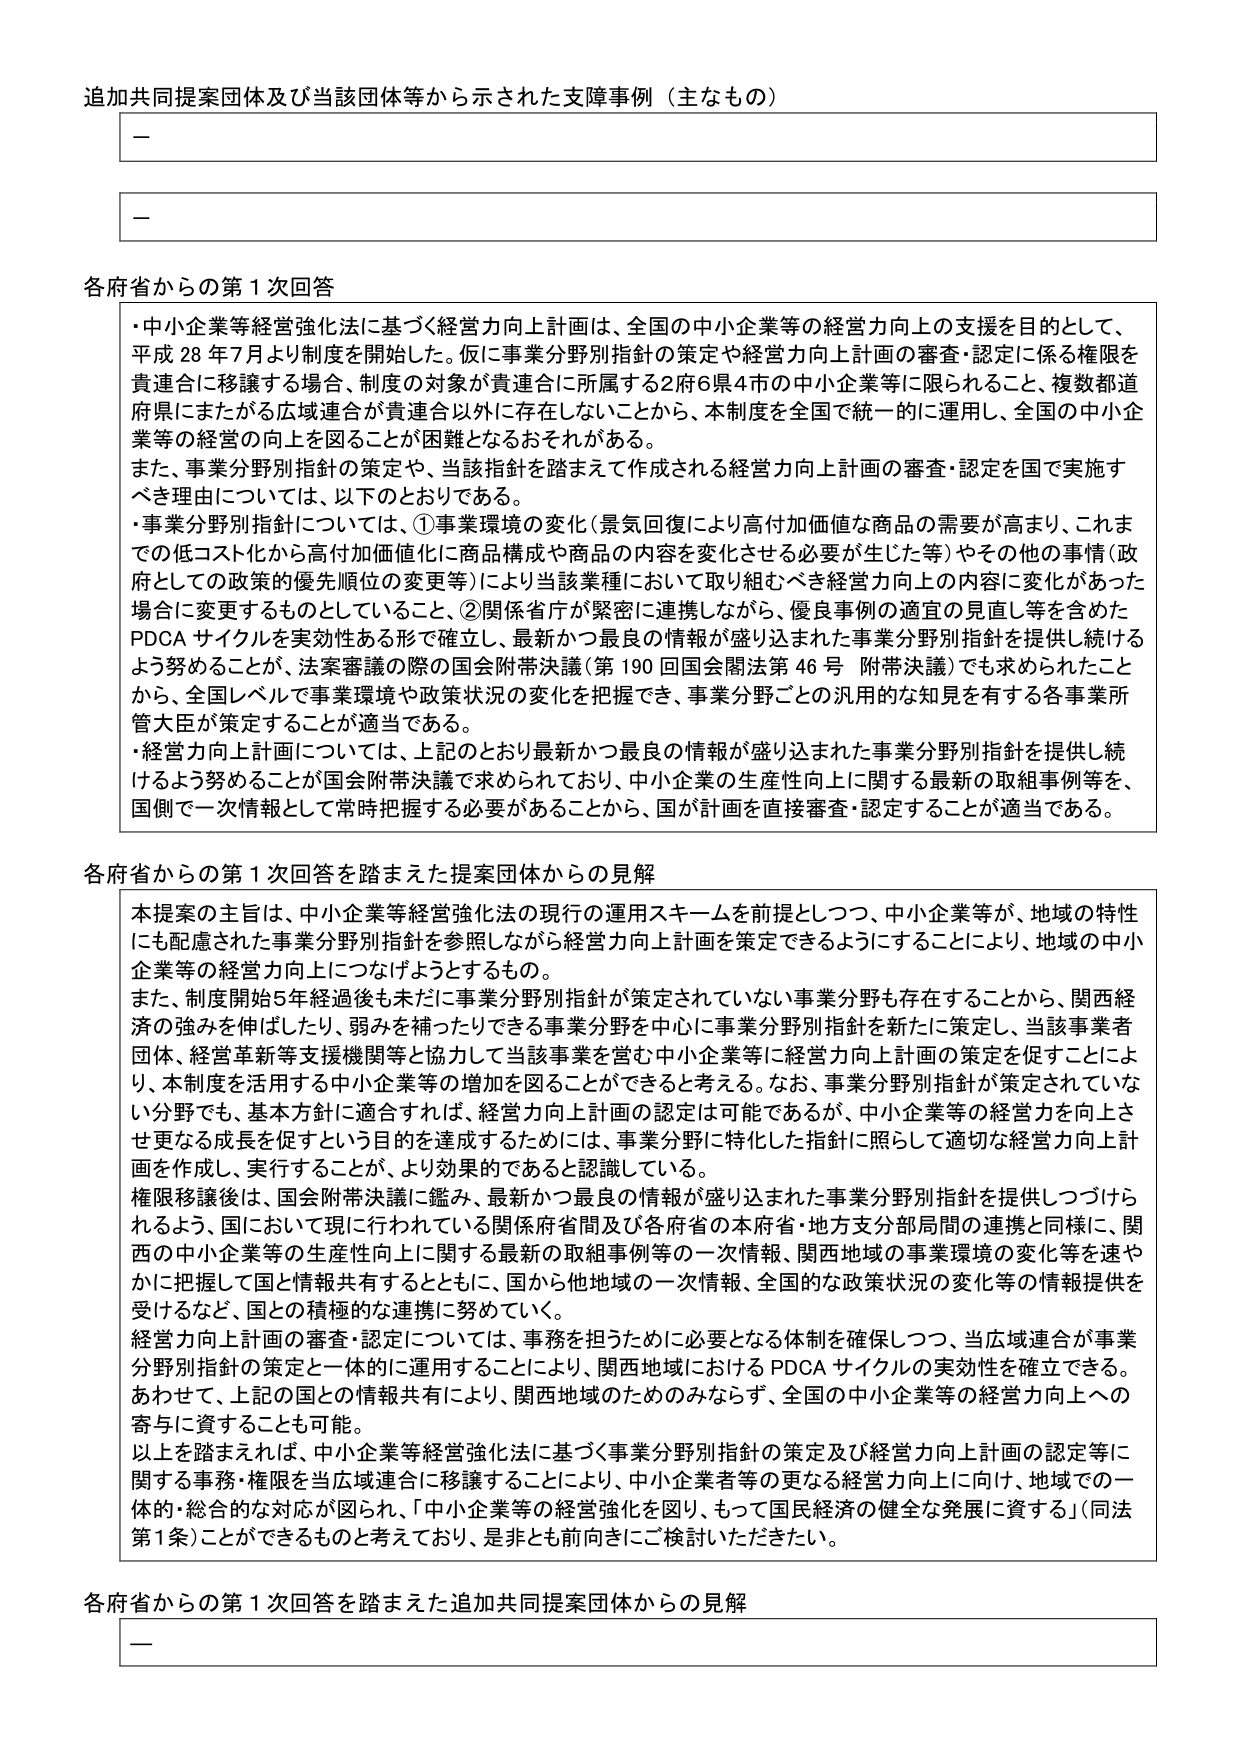
追加共同提案団体及び当該団体等から示された支障事例（主なもの）

－

－

各府省からの第1次回答

・中小企業等経営強化法に基づく経営力向上計画は、全国の中小企業等の経営力向上の支援を目的として、平成28年7月より制度を開始した。仮に事業分野別指針の策定や経営力向上計画の審査・認定に係る権限を貴連合に移譲する場合、制度の対象が貴連合に所属する2府6県4市の中小企業等に限られること、複数都道府県にまたがる広域連合が貴連合以外に存在しないことから、本制度を全国で統一的に運用し、全国の中小企業等の経営の向上を図ることが困難となるおそれがある。

また、事業分野別指針の策定や、当該指針を踏まえて作成される経営力向上計画の審査・認定を国で実施すべき理由については、以下のとおりである。

・事業分野別指針については、①事業環境の変化（景気回復により高付加価値な商品の需要が高まり、これまでの低コスト化から高付加価値化に商品構成や商品の内容を変化させる必要が生じた等）やその他の事情（政府としての政策的優先順位の変更等）により当該業種において取り組むべき経営力向上の内容に変化があった場合に変更するものとしていること、②関係省庁が緊密に連携しながら、優良事例の適宜の見直し等を含めたPDCAサイクルを実効性ある形で確立し、最新かつ最良の情報が盛り込まれた事業分野別指針を提供し続けるよう努めることが、法案審議の際の国会附帯決議（第190回国会関法第46号 附帯決議）でも求められたことから、全国レベルで事業環境や政策状況の変化を把握でき、事業分野ごとの汎用的な知見を有する各事業所管大臣が策定することが適当である。

・経営力向上計画については、上記のとおり最新かつ最良の情報が盛り込まれた事業分野別指針を提供し続けるよう努めることが国会附帯決議で求められており、中小企業の生産性向上に関する最新の取組事例等を、国側で一次情報として常時把握する必要があることから、国が計画を直接審査・認定することが適当である。

各府省からの第1次回答を踏まえた提案団体からの見解

本提案の主旨は、中小企業等経営強化法の現行の運用スキームを前提としつつ、中小企業等が、地域の特性にも配慮された事業分野別指針を参照しながら経営力向上計画を策定できるようにすることにより、地域の中小企業等の経営力向上につなげようとするもの。

また、制度開始5年経過後も未だに事業分野別指針が策定されていない事業分野も存在することから、関西経済の強みを伸ばしたり、弱みを補ったりできる事業分野を中心に事業分野別指針を新たに策定し、当該事業者団体、経営革新等支援機関等と協力して当該事業を営む中小企業等に経営力向上計画の策定を促すことにより、本制度を活用する中小企業等の増加を図ることができると考える。なお、事業分野別指針が策定されていない分野でも、基本方針に適合すれば、経営力向上計画の認定は可能であるが、中小企業等の経営力を向上させ更なる成長を促すという目的を達成するためには、事業分野に特化した指針に照らして適切な経営力向上計画を作成し、実行することが、より効果的であると認識している。

権限移譲後は、国会附帯決議に鑑み、最新かつ最良の情報が盛り込まれた事業分野別指針を提供しつづけられるよう、国において現に行われている関係省庁間及び各府省の本府省・地方支分部局間の連携と同様に、関西の中小企業等の生産性向上に関する最新の取組事例等の一次情報、関西地域の事業環境の変化等を速やかに把握して国と情報共有するとともに、国から他地域の一次情報、全国的な政策状況の変化等の情報提供を受けるなど、国との積極的な連携に努めていく。

経営力向上計画の審査・認定については、事務を担うために必要となる体制を確保しつつ、当広域連合が事業分野別指針の策定と一体的に運用することにより、関西地域におけるPDCAサイクルの実効性を確立できる。

あわせて、上記の国との情報共有により、関西地域のためのみならず、全国の中小企業等の経営力向上への寄与に資することも可能。

以上を踏まえれば、中小企業等経営強化法に基づく事業分野別指針の策定及び経営力向上計画の認定等に関する事務・権限を当広域連合に移譲することにより、中小企業者等の更なる経営力向上に向け、地域での一体的・総合的な対応が図られ、「中小企業等の経営強化を図り、もって国民経済の健全な発展に資する」（同法第1条）ことができるものと考えており、是非とも前向きにご検討いただきたい。

各府省からの第1次回答を踏まえた追加共同提案団体からの見解

－